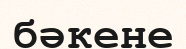
бәкене